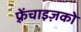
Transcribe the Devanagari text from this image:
फ़्रेंचाइज़को